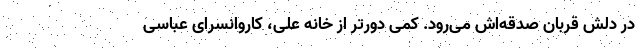
در دلش قربان صدقه‌اش می‌رود. کمی دورتر از خانه علی، کاروانسرای عباسی